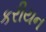
કરીયન